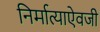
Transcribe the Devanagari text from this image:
निर्मात्याऐवजी